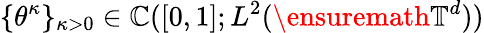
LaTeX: \{ \theta^{\kappa}\} _{\kappa>0}\in\mathbb{C}([0,1];L^{2}(\ensuremath{{\mathbb{{T}}}}^{d}))